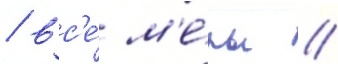
/ вс'е́ м'е́ры /